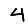
Digit: 4